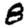
Digit: 8